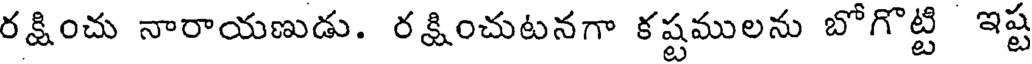
రక్షించు నారాయణుడు. రక్షించుటనగా కష్టములను బోగొట్టి ఇష్ట